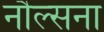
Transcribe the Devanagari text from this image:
नौल्सना